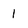
Character: 1